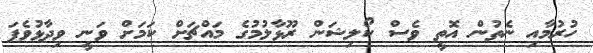
ހުރުމާއި ނެތުން އޮތީ ވެސް ކޯލިޝަން ރޫޅާލުމުގެ މައްޗަށް ކަމަށް ވަނީ ވިދާޅުވެފަ